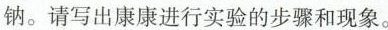
钠。请写出康康进行实验的步骤和现象。